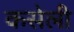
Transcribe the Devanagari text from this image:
कसेली